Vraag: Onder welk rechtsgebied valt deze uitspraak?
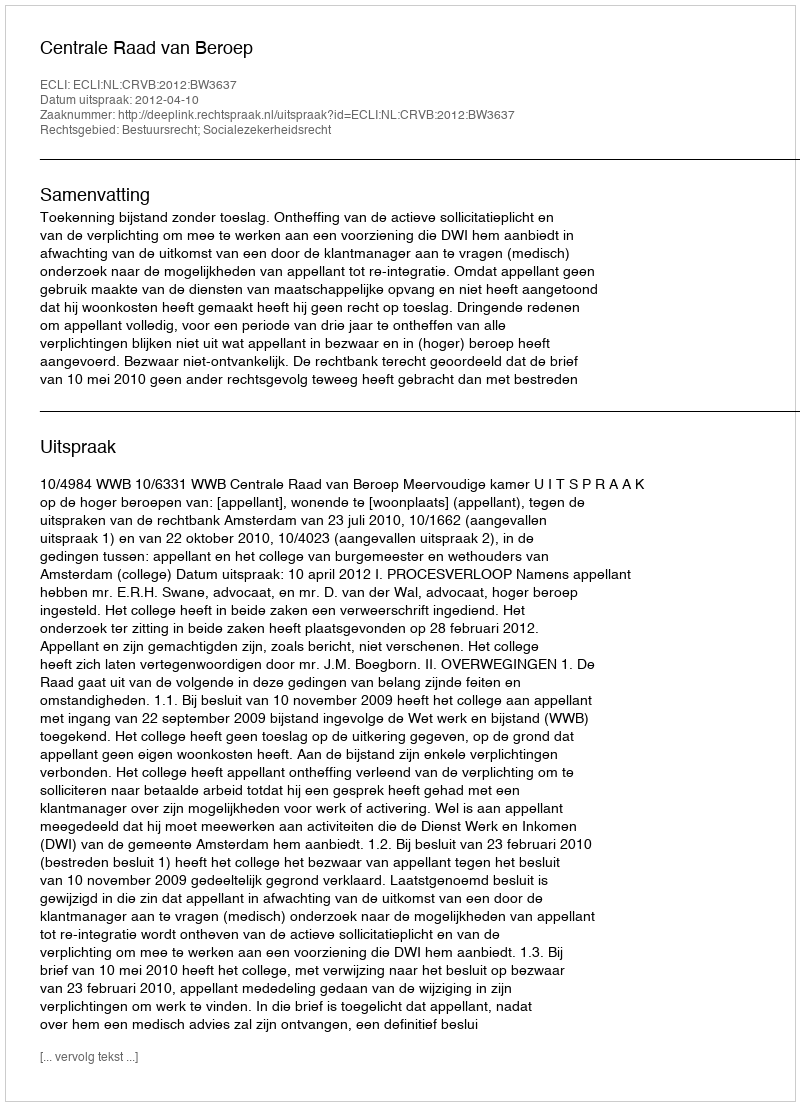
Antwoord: Bestuursrecht; Socialezekerheidsrecht